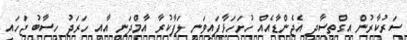
ސަރުކާރުން އިގްތިސާދީ އެޖެންޑާއެއް ހުށަހަޅާފައިވަނީ ލަފާކުރާ އާމްދަނީ އާއި ހަރަދު ހިސާބު ޖަހައި